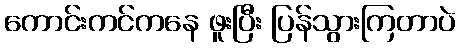
ကောင်းကင်ကနေ ဖူးပြီး ပြန်သွားကြတာပဲ